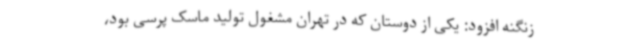
زنگنه افزود: یکی از دوستان که در تهران مشغول تولید ماسک پرسی بود،